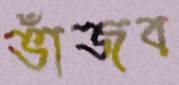
ভাঁজব